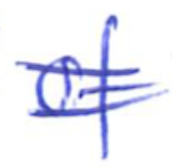
Text: of
Cross-out: double-line
Writing tool: ballpoint